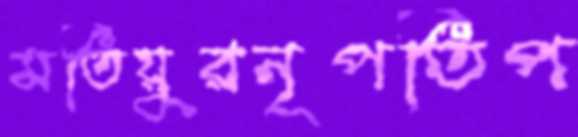
মতিয়ুরনৃপতিপ